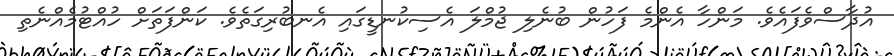
އުދާސްވެފައެވެ. މަންހާ އެންމެ ފަހުން ބުނެލި ޖުމްލަ އެސިކުނޑީގައި އެނބުރިގަތެވެ. ކަންފަތަށް ހުއްޓުމެއްނެތި